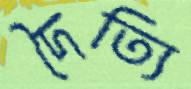
দৈত্যি